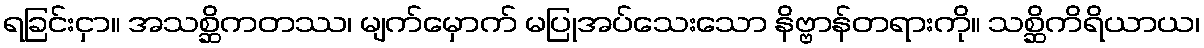
ရခြင်းငှာ။ အသစ္ဆိကတဿ၊ မျက်မှောက် မပြုအပ်သေးသော နိဗ္ဗာန်တရားကို။ သစ္ဆိကိရိယာယ၊